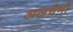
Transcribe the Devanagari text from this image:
अलचेमी